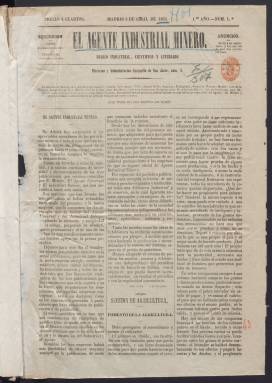
Título: El Agente industrial minero
Colección: Periódicos
Ámbito geográfico: Madrid
Lugar de publicación: Madrid
Fechas: 03/04/1855-30/04/1856